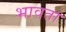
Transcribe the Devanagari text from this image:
भावता